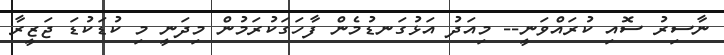
ނާސިރު ސޮއި ކުރައްވަނީ-- މިއަދު އަޅުގަނޑުމެން ފާހަގަކުރަމުން މިދަނީ މި ކުޑަކުޑަ ޖަޒީރާ